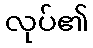
လုပ်၏